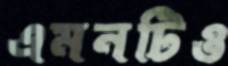
এমনটিও